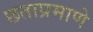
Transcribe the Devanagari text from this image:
छताप्रमाणे